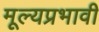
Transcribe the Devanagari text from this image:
मूल्यप्रभावी